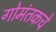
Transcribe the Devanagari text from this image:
गोमंतकचे